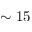
\sim 1 5